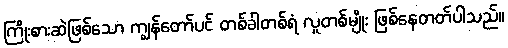
ကြိုးစားဆဲဖြစ်သော ကျွန်တော်ပင် တစ်ခါတစ်ရံ လူတစ်မျိုး ဖြစ်နေတတ်ပါသည်။